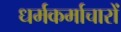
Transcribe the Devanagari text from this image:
धर्मकर्माचारों